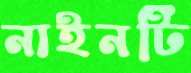
নাইনটি